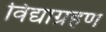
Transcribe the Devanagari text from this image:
विद्याग्रहण